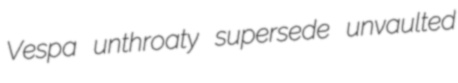
Vespa unthroaty supersede unvaulted